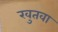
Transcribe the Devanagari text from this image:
खुतवा